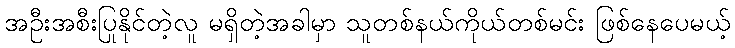
အဦးအစီးပြုနိုင်တဲ့လူ မရှိတဲ့အခါမှာ သူတစ်နယ်ကိုယ်တစ်မင်း ဖြစ်နေပေမယ့်